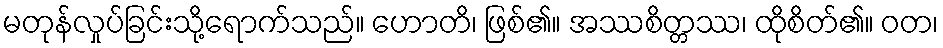
မတုန်လှုပ်ခြင်းသို့ရောက်သည်။ ဟောတိ၊ ဖြစ်၏။ အဿစိတ္တဿ၊ ထိုစိတ်၏။ ဝတ၊